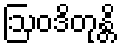
ဩဝဒိတုန္တိ